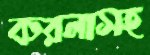
করলাসহ